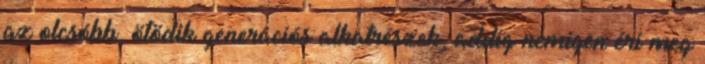
az olcsóbb, ötödik generációs alkatrészek, addig nemigen éri meg